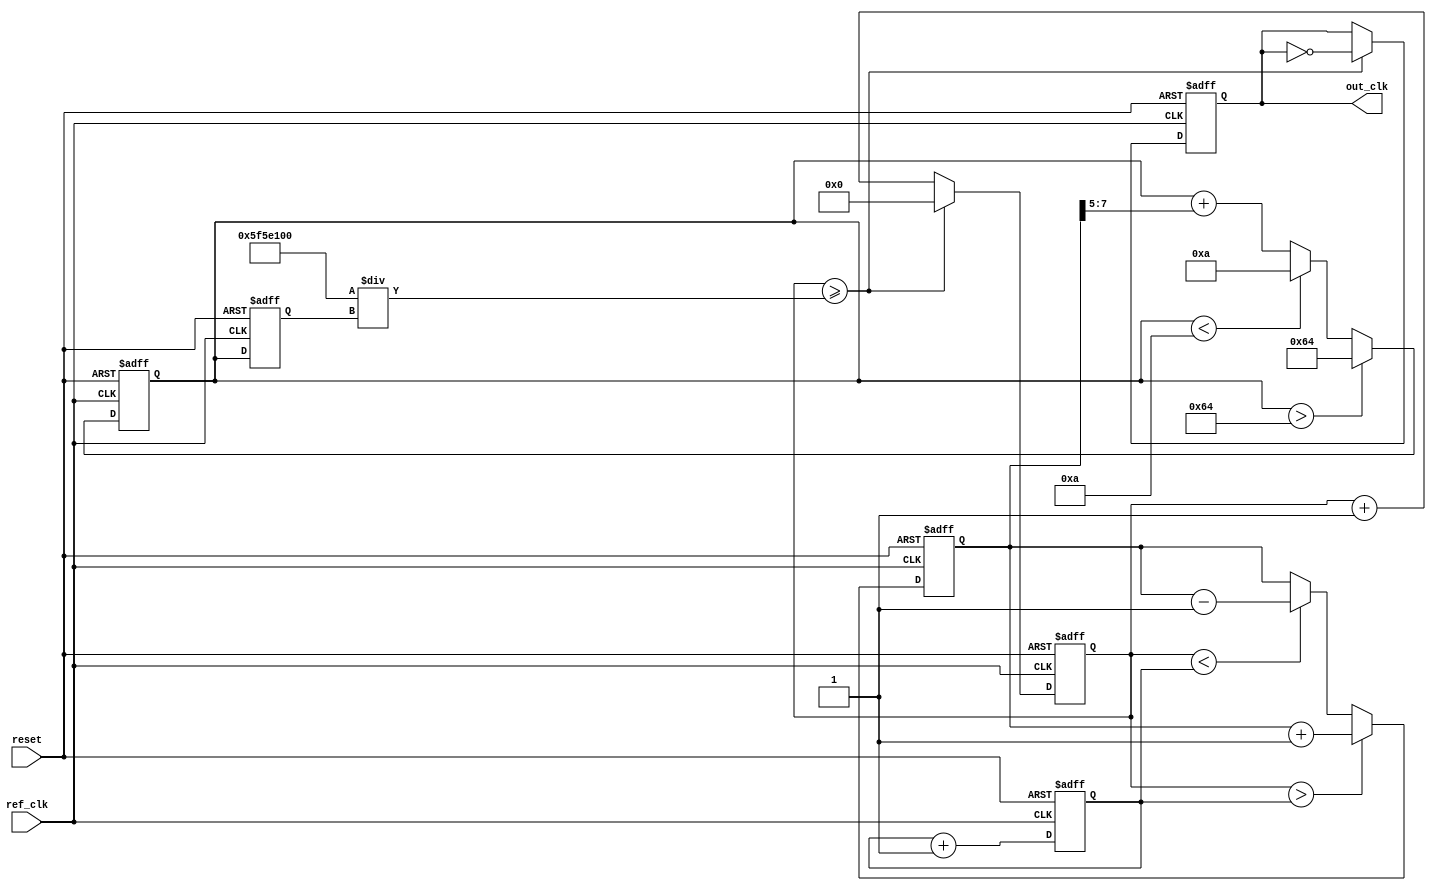
module pll_type1 (
    input wire ref_clk,        // Reference clock input
    input wire reset,          // Asynchronous reset
    output reg out_clk         // Output clock
);

    // Parameters
    parameter integer VCO_MAX_FREQ = 100; // Maximum VCO frequency
    parameter integer VCO_MIN_FREQ = 10;   // Minimum VCO frequency
    parameter integer LOOP_BW = 5;          // Loop bandwidth
    parameter integer PHASE_MARGIN = 10;     // Phase margin

    // Internal signals
    reg [7:0] phase_error;      // Phase error signal
    reg [7:0] control_voltage;   // Control voltage for VCO
    reg [7:0] vco_freq;          // Current VCO frequency
    reg [31:0] counter;          // Counter for generating output clock
    reg [31:0] vco_counter;      // VCO counter

    // Phase Detector (PD)
    always @(posedge ref_clk or posedge reset) begin
        if (reset) begin
            phase_error <= 0;
        end else begin
            // Simple phase detection logic (leading/lagging)
            if (vco_counter > counter) begin
                phase_error <= phase_error + 1; // Output clock is lagging
            end else if (vco_counter < counter) begin
                phase_error <= phase_error - 1; // Output clock is leading
            end
        end
    end

    // Loop Filter (Simple Integrator)
    always @(posedge ref_clk or posedge reset) begin
        if (reset) begin
            control_voltage <= 0;
        end else begin
            control_voltage <= control_voltage + (phase_error >> LOOP_BW);
            // Clamp control voltage to VCO frequency limits
            if (control_voltage > VCO_MAX_FREQ) begin
                control_voltage <= VCO_MAX_FREQ;
            end else if (control_voltage < VCO_MIN_FREQ) begin
                control_voltage <= VCO_MIN_FREQ;
            end
        end
    end

    // Voltage-Controlled Oscillator (VCO)
    always @(posedge ref_clk or posedge reset) begin
        if (reset) begin
            vco_freq <= VCO_MIN_FREQ; // Start at minimum frequency
            vco_counter <= 0;
            out_clk <= 0;
        end else begin
            // Update VCO frequency based on control voltage
            vco_freq <= control_voltage;

            // Generate output clock based on VCO frequency
            if (vco_counter >= (100000000 / vco_freq)) begin // Assuming ref_clk is 100MHz
                out_clk <= ~out_clk; // Toggle output clock
                vco_counter <= 0;
            end else begin
                vco_counter <= vco_counter + 1;
            end
        end
    end

    // Counter for reference clock
    always @(posedge ref_clk or posedge reset) begin
        if (reset) begin
            counter <= 0;
        end else begin
            counter <= counter + 1;
        end
    end

endmodule